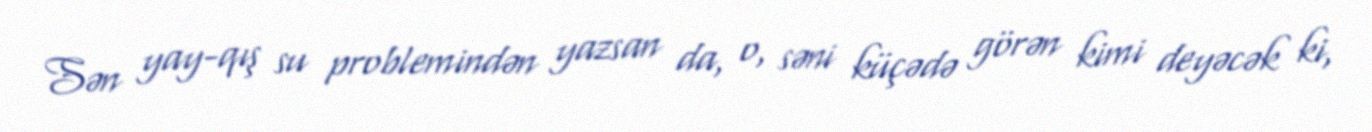
Sən yay-qış su problemindən yazsan da, o, səni küçədə görən kimi deyəcək ki,